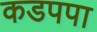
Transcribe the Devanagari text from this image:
कडपपा